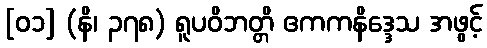
[၀၁] (နိ၊ ၃၇၈) ရူပဝိဘတ္တိ ဧကကနိဒ္ဒေသ အဖွင့်